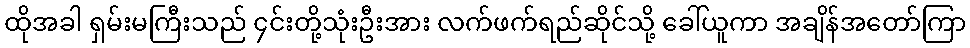
ထိုအခါ ရှမ်းမကြီးသည် ၄င်းတို့သုံးဦးအား လက်ဖက်ရည်ဆိုင်သို့ ခေါ်ယူကာ အချိန်အတော်ကြာ